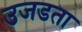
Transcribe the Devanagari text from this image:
उजडता